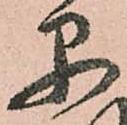
早